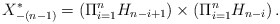
\begin{align*}X_{-(n-1)}^{\ast}=\displaystyle{(\Pi_{i=1}^{n} H_{n-i+1}) \times (\Pi_{i=1}^{n} H_{n-i})}\,.\end{align*}